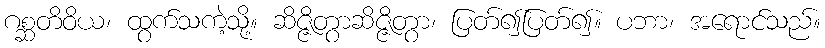
ဂစ္ဆတိဝိယ၊ ထွက်သကဲ့သို့။ ဆိဇ္ဇိတွာဆိဇ္ဇိတွာ၊ ပြတ်၍ပြတ်၍။ ပဘာ၊ အရောင်သည်။